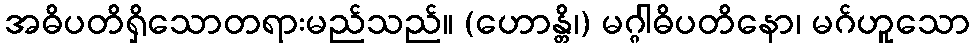
အဓိပတိရှိသောတရားမည်သည်။ (ဟောန္တိ၊) မဂ္ဂါဓိပတိနော၊ မဂ်ဟူသော